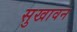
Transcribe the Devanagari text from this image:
सुखावन